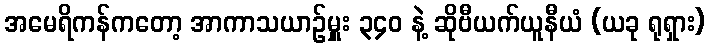
အမေရိကန်ကတော့ အာကာသယာဉ်မှူး ၃၄၀ နဲ့ ဆိုဗီယက်ယူနီယံ (ယခု ရုရှား)